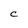
Character: c